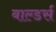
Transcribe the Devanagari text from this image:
बाल्डर्स